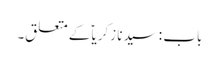
باب : سیدنا زکریاؑ کے متعلق۔